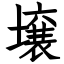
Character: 壌